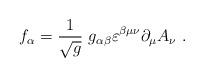
LaTeX: \begin{align*}f_{\alpha} =\frac{1}{\sqrt{g}}\ g_{\alpha \beta}\varepsilon^{\beta \mu \nu}\partial_{\mu}A_{\nu}\ .\end{align*}